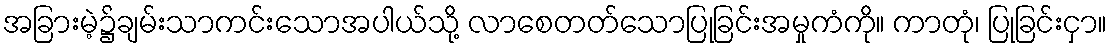
အခြားမဲ့၌ချမ်းသာကင်းသောအပါယ်သို့ လာစေတတ်သောပြုခြင်းအမှုကံကို။ ကာတုံ၊ ပြုခြင်းငှာ။